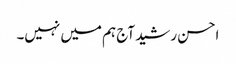
احسن رشید آج ہم میں نہیں۔